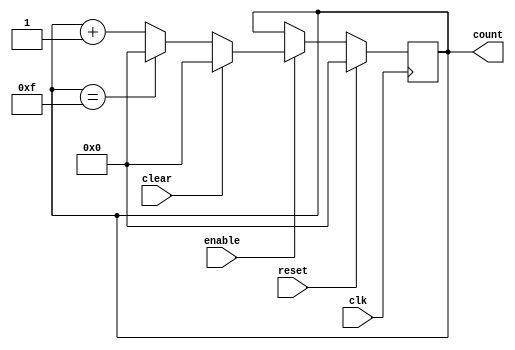
module binary_counter (
    input wire clk,
    input wire reset,
    input wire enable,
    input wire clear,
    output reg [3:0] count
);

always @(posedge clk) begin
    if (reset) begin
        count <= 4'b0000;
    end else if (enable) begin
        if (clear) begin
            count <= 4'b0000;
        end else begin
            if (count == 4'b1111) begin
                count <= 4'b0000;
            end else begin
                count <= count + 1;
            end
        end
    end
end

endmodule